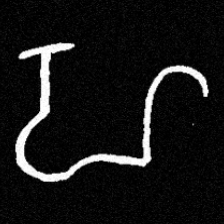
Pyu character \u2014 Myanmar letter: ဟ (romanized: ha)